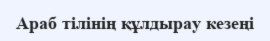
Араб тілінің құлдырау кезеңі